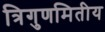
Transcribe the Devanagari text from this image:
त्रिगुणमितीय